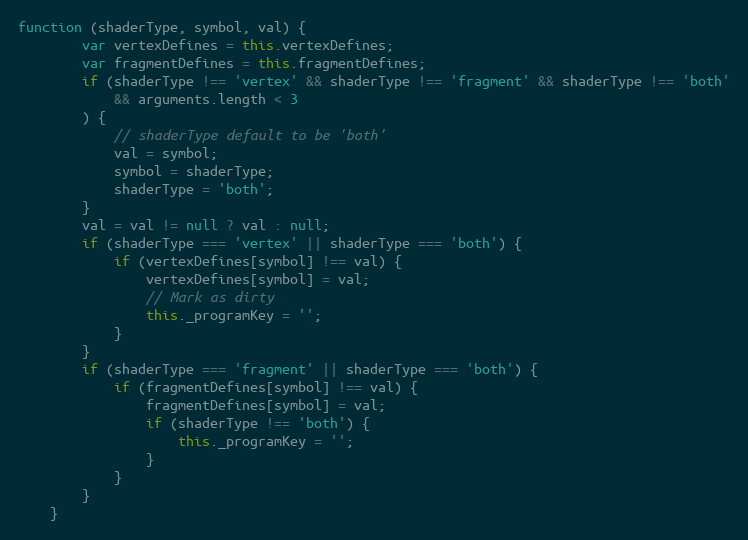
Language: JavaScript
function (shaderType, symbol, val) {
        var vertexDefines = this.vertexDefines;
        var fragmentDefines = this.fragmentDefines;
        if (shaderType !== 'vertex' && shaderType !== 'fragment' && shaderType !== 'both'
            && arguments.length < 3
        ) {
            // shaderType default to be 'both'
            val = symbol;
            symbol = shaderType;
            shaderType = 'both';
        }
        val = val != null ? val : null;
        if (shaderType === 'vertex' || shaderType === 'both') {
            if (vertexDefines[symbol] !== val) {
                vertexDefines[symbol] = val;
                // Mark as dirty
                this._programKey = '';
            }
        }
        if (shaderType === 'fragment' || shaderType === 'both') {
            if (fragmentDefines[symbol] !== val) {
                fragmentDefines[symbol] = val;
                if (shaderType !== 'both') {
                    this._programKey = '';
                }
            }
        }
    }